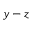
y - z